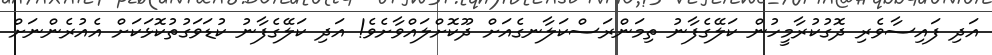
އަދި ފައިސާވެރި ދޮގުކުރާމީހުން ކަލޭގެފާނު ތިމަންރަސްކަލާނގެއަށް ދޫކޮށްލައްވާށެވެ! އަދި ކަލޭގެފާނު ކުޑަވަގުތުކޮޅަކަށް އެއުރެންނަށް